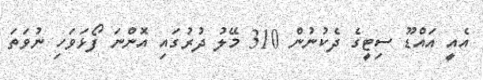
އެއީ އައްޑޫ ސިޓީގެ ދެކުނުން 310 މޭލު ދުރުގައި އޮންނަ ފޯޅަވަހި ނުވަތަ